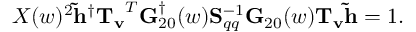
X ( w ) ^ { 2 } { \bf \tilde { h } } ^ { \dagger } { \bf T _ { v } } ^ { T } { \bf G } _ { 2 0 } ^ { \dagger } ( w ) { \bf S } _ { q q } ^ { - 1 } { \bf G } _ { 2 0 } ( w ) { \bf T _ { v } } { \bf \tilde { h } } = 1 .